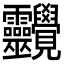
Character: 𧢱